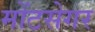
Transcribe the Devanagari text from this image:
मोंटसेगर